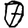
Digit: 0